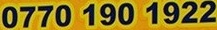
0770 190 1922